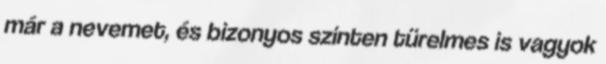
már a nevemet, és bizonyos szinten türelmes is vagyok